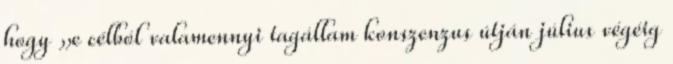
hogy „e célból valamennyi tagállam konszenzus útján július végéig